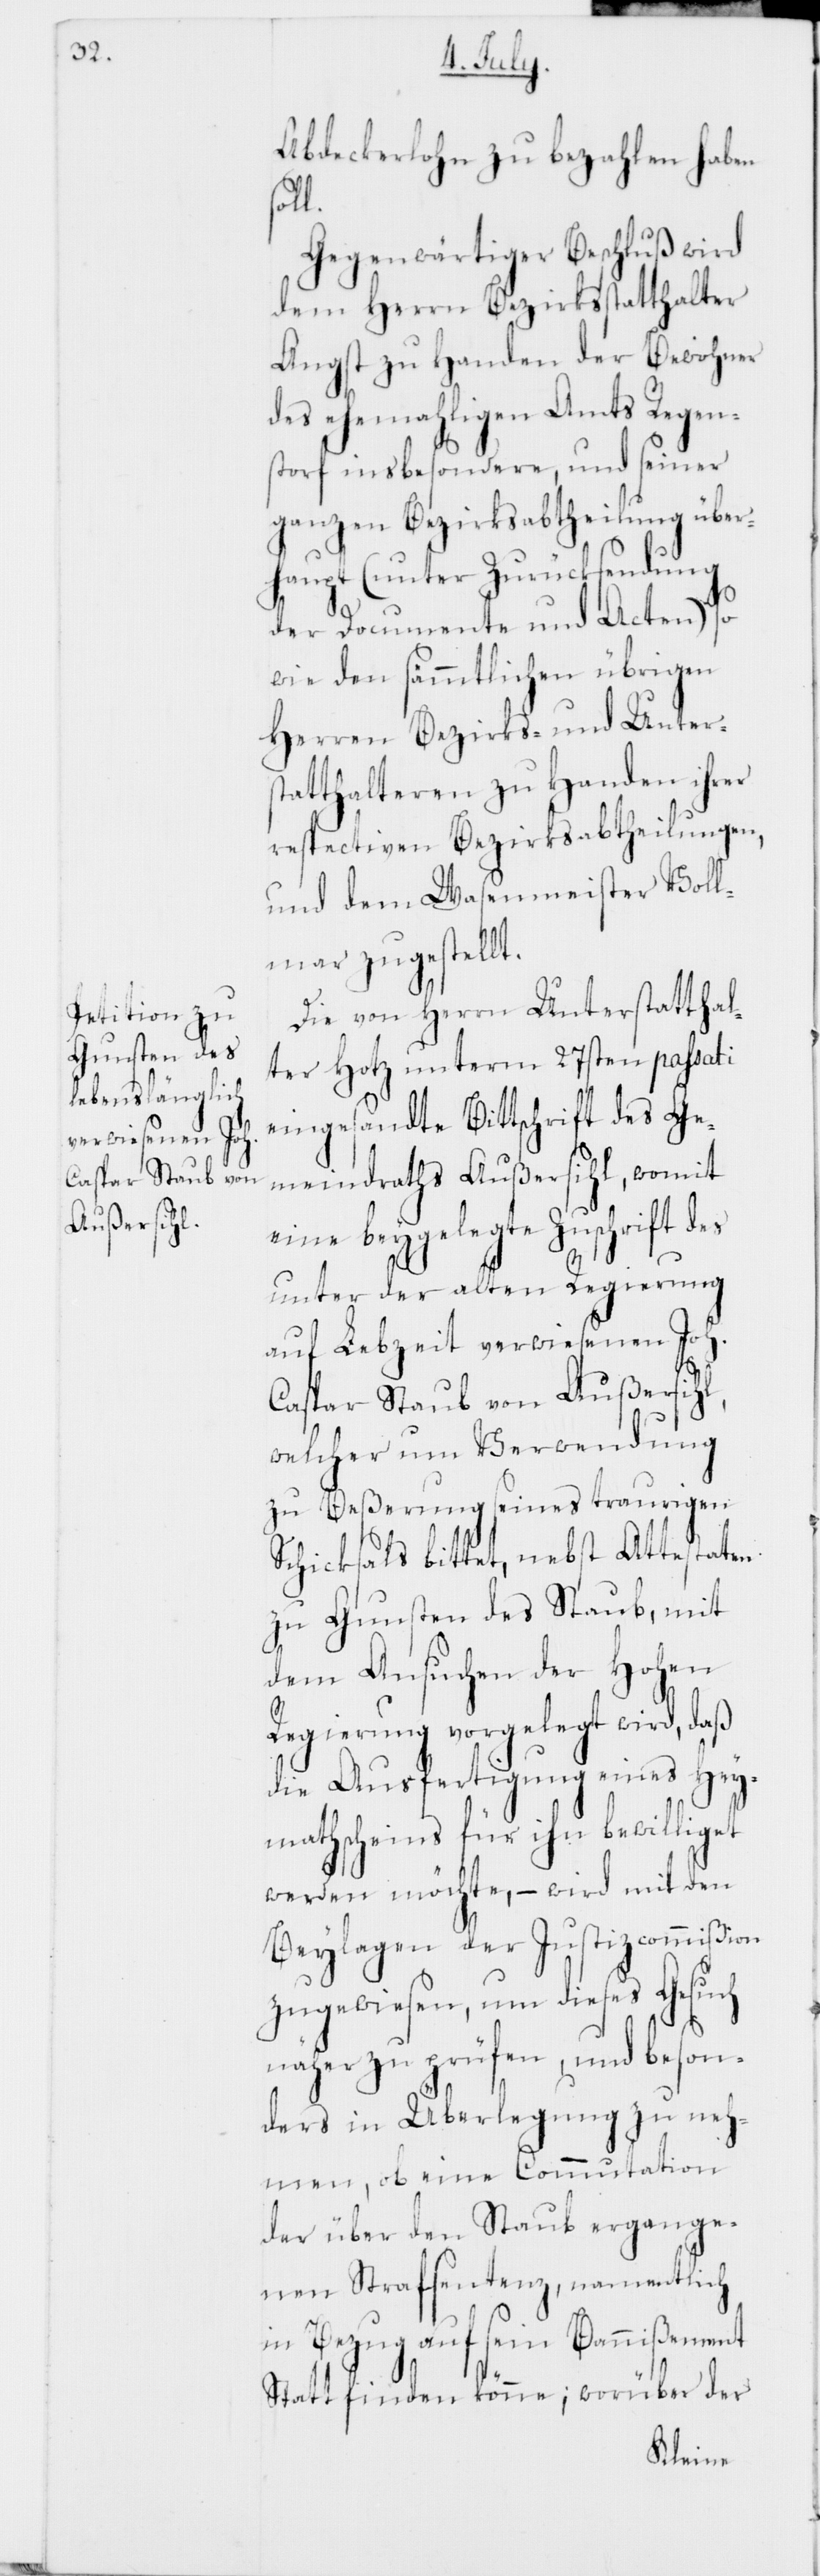
Caspar Staub von
Außersihl,

Abdeckerlohn zu bezahlen haben
l.
Gegenwärtiger Beschluß wird
dem Herrn Bezirksstatthalter
Angst zu Handen der Bewohner
des ehemahligen Amts Regen¬
storf insbesondere, und seiner
ganzen Bezirksabtheilung über¬
haupt (unter Zurücksendung
der Documente und Acten) so
wie den sämmtlichen übrigen
Herren Bezirks- und Unters¬
tatthalteren zu Handen ihrer
respectiven Bezirksabtheilungen,
und dem Wasenmeister Voll¬
mar zugestellt.
Die von Herrn Unterstatthal¬
ter Hotz unterm 27sten passati
eingesandte Bittschrift des Ge¬
meindraths Außersihl, womit
eine beygelegte Zuschrift des
unter der alten Regierung
auf Lebzeit verwiesenen Joh.
welcher um Verwendung
zu Beßerung seines traurigen
Schicksals bittet, nebst Attestaten
zu Gunsten des Staub, mit
dem Ansuchen der Hohen
Regierung vorgelegt wird, daß
die Ausfertigung eines Hey¬
mathscheins für ihn bewilliget
werden möchte, – wird mit den
Beylagen der Justizcommißion
zugewiesen, um dieses Gesuch
näher zu prüfen, und beson¬
ders in Überlegung zu neh¬
men, ob eine Commutation
der über den Staub ergange¬
nen Strafsentenz, namentlich
in Bezug auf sein Bannißement
Statt finden könne; worüber der